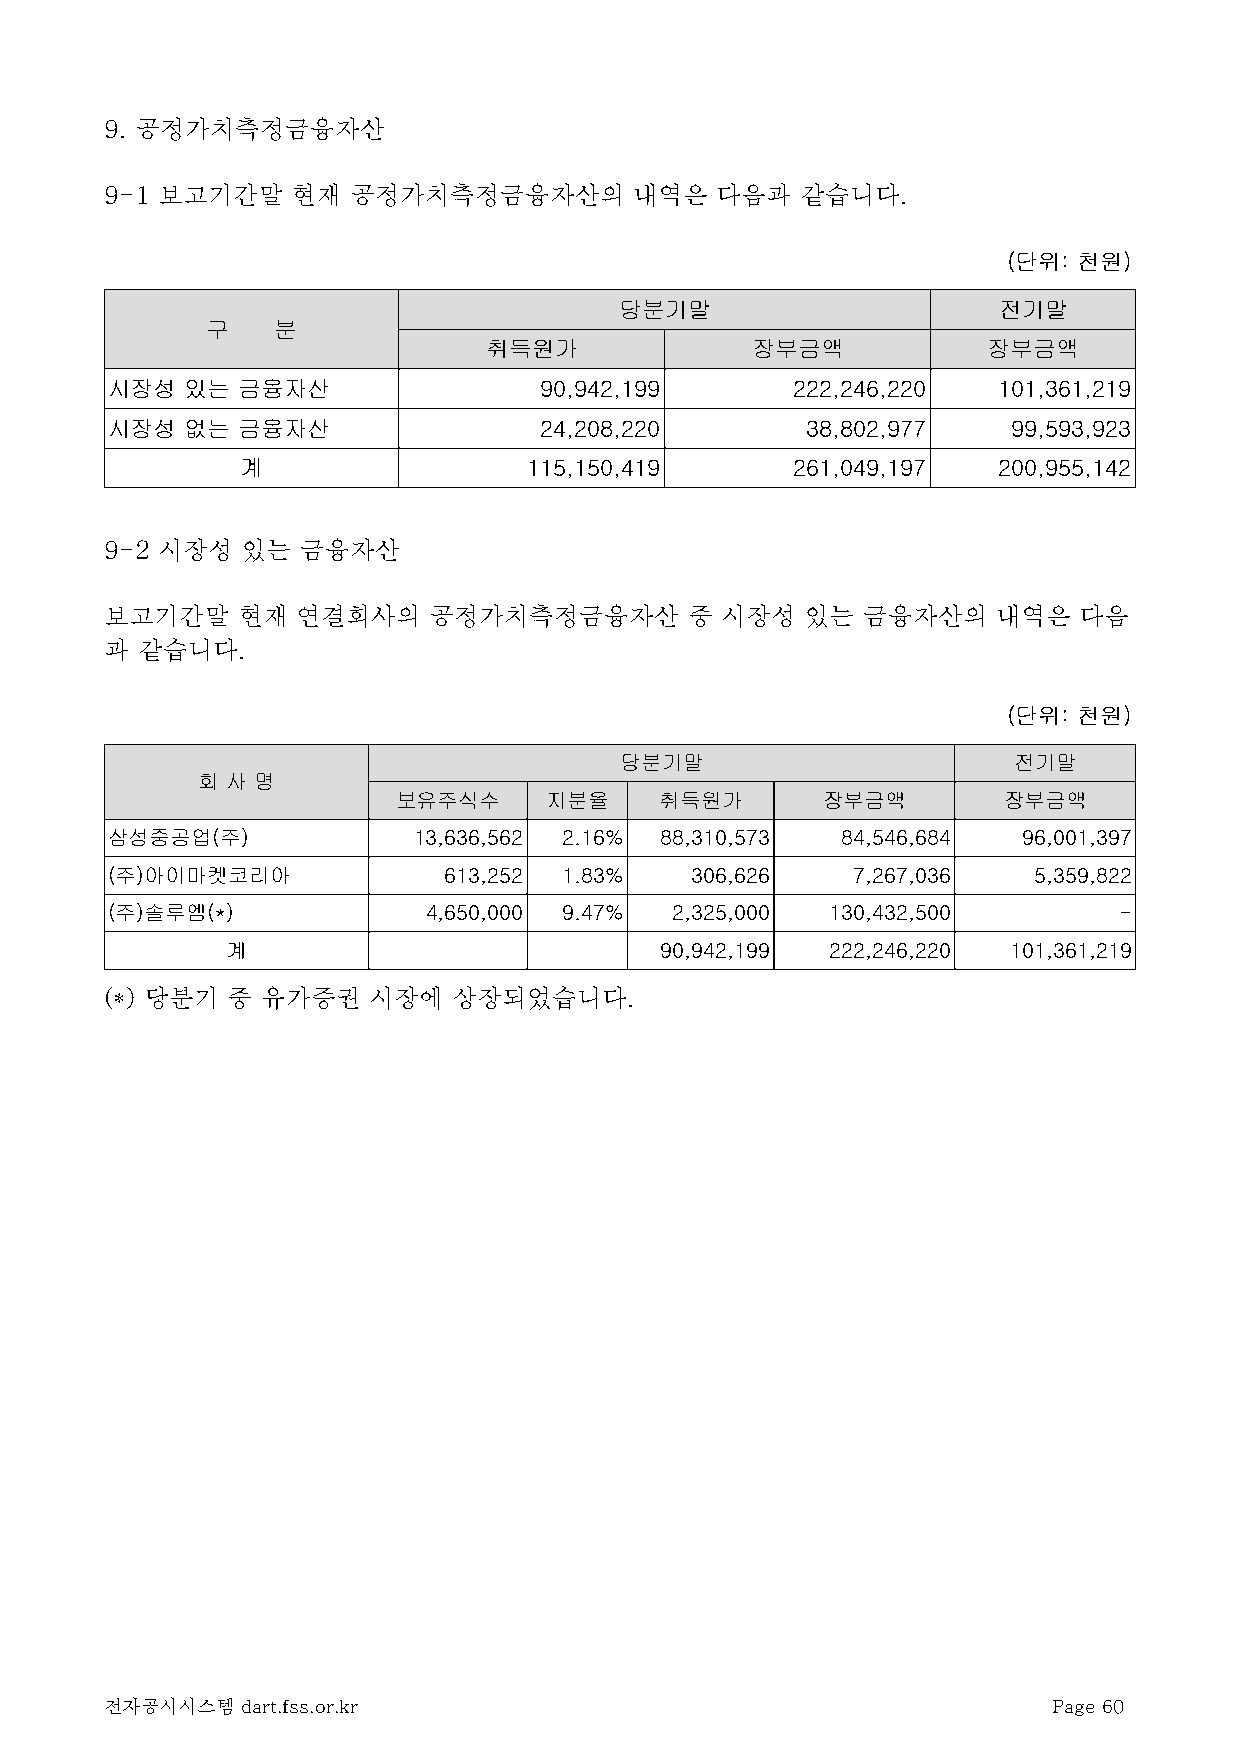
9. 공정가치측정금융자산
 9-1 보고기간말   현재  공정가치측정금융자산의        내역은  다음과   같습니다.
 (단위: 천원)
 당분기말                     전기말
 구   분
 취득원가              장부금액           장부금액
 시장성  있는  금융자산                90,942,199      222,246,220   101,361,219
 시장성  없는  금융자산                24,208,220       38,802,977    99,593,923
 계                  115,150,419      261,049,197   200,955,142
 9-2 시장성  있는  금융자산
 보고기간말    현재  연결회사의   공정가치측정금융자산        중 시장성  있는  금융자산의    내역은  다음
 과 같습니다.
 (단위: 천원)
 당분기말                      전기말
 회 사 명
 보유주식수     지분율     취득원가      장부금액        장부금액
 삼성중공업(주)            13,636,562 2.16% 88,310,573  84,546,684  96,001,397
 (주)아이마켓코리아            613,252 1.83%    306,626   7,267,036   5,359,822
 (주)솔루엠(*)            4,650,000 9.47% 2,325,000  130,432,500        -
 계                            90,942,199 222,246,220 101,361,219
 (*) 당분기 중 유가증권   시장에   상장되었습니다.
 전자공시시스템  dart.fss.or.kr                                        Page 60